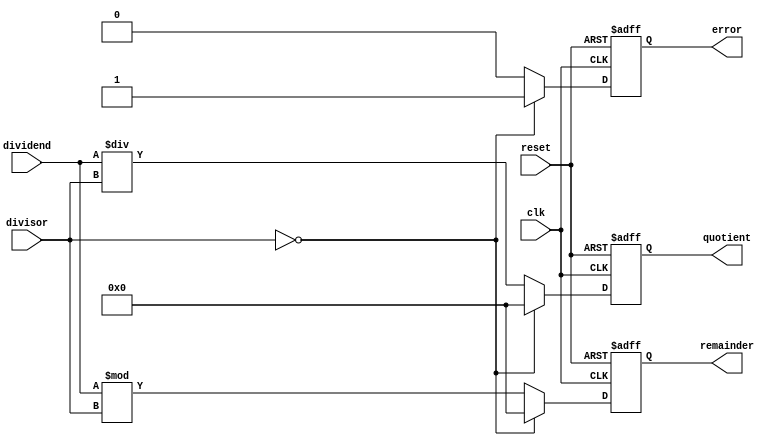
module Divider(
    input wire clk,
    input wire reset,
    input wire [31:0] dividend,
    input wire [31:0] divisor,
    output reg [31:0] quotient,
    output reg [31:0] remainder,
    output reg error
);

always @(posedge clk or posedge reset) begin
    if (reset) begin
        quotient <= 32'd0;
        remainder <= 32'd0;
        error <= 0;
    end else begin
        if (divisor == 32'd0) begin
            quotient <= 32'd0;
            remainder <= 32'd0;
            error <= 1;
        end else begin
            quotient <= dividend / divisor;
            remainder <= dividend % divisor;
            error <= 0;
        end
    end
end

endmodule